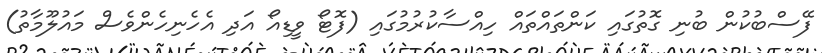
ފޭސްބުކުން ބުނި ގޮތުގައި ކަންތައްތައް ހިއްސާކުރުމުގައި (ފޮޓޯ ވީޑިއޯ އަދި އެހެނިހެންވެސް މައުލޫމާތު)